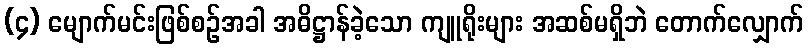
(၄) မျောက်မင်းဖြစ်စဉ်အခါ အဓိဋ္ဌာန်ခဲ့သော ကျူရိုးများ အဆစ်မရှိဘဲ တောက်လျှောက်